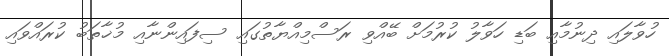
ހުވާލައި ދިނުމާއި ބަޑި ހަވާލު ކުރުމަށް ބޭއްވި ރަސްމިއްޔާތުގައި ސިފައިންނާއި މުޚާތަބު ކުރައްވައި